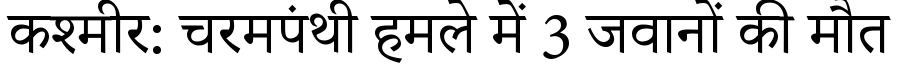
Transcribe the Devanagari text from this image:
कश्मीर: चरमपंथी हमले में 3 जवानों की मौत